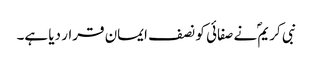
نبی کریمؐ نے صفائی کو نصف ایمان قرار دیا ہے۔